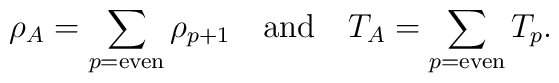
\rho_A = \sum_{p={\rm even}} \rho_{p+1} \quad {\rm and} \quad T_A = \sum_{p={\rm even}} T_p.